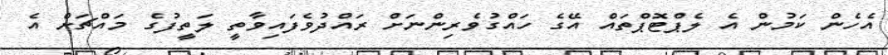
އެހެން ކަމުން އެ ލެޕްޓޮޕްތައް އޭގެ ހައްގުވެރިންނަށް ރައްދުވެފައިވާތީ ލަތީފުގެ މައްޗަށް އެ